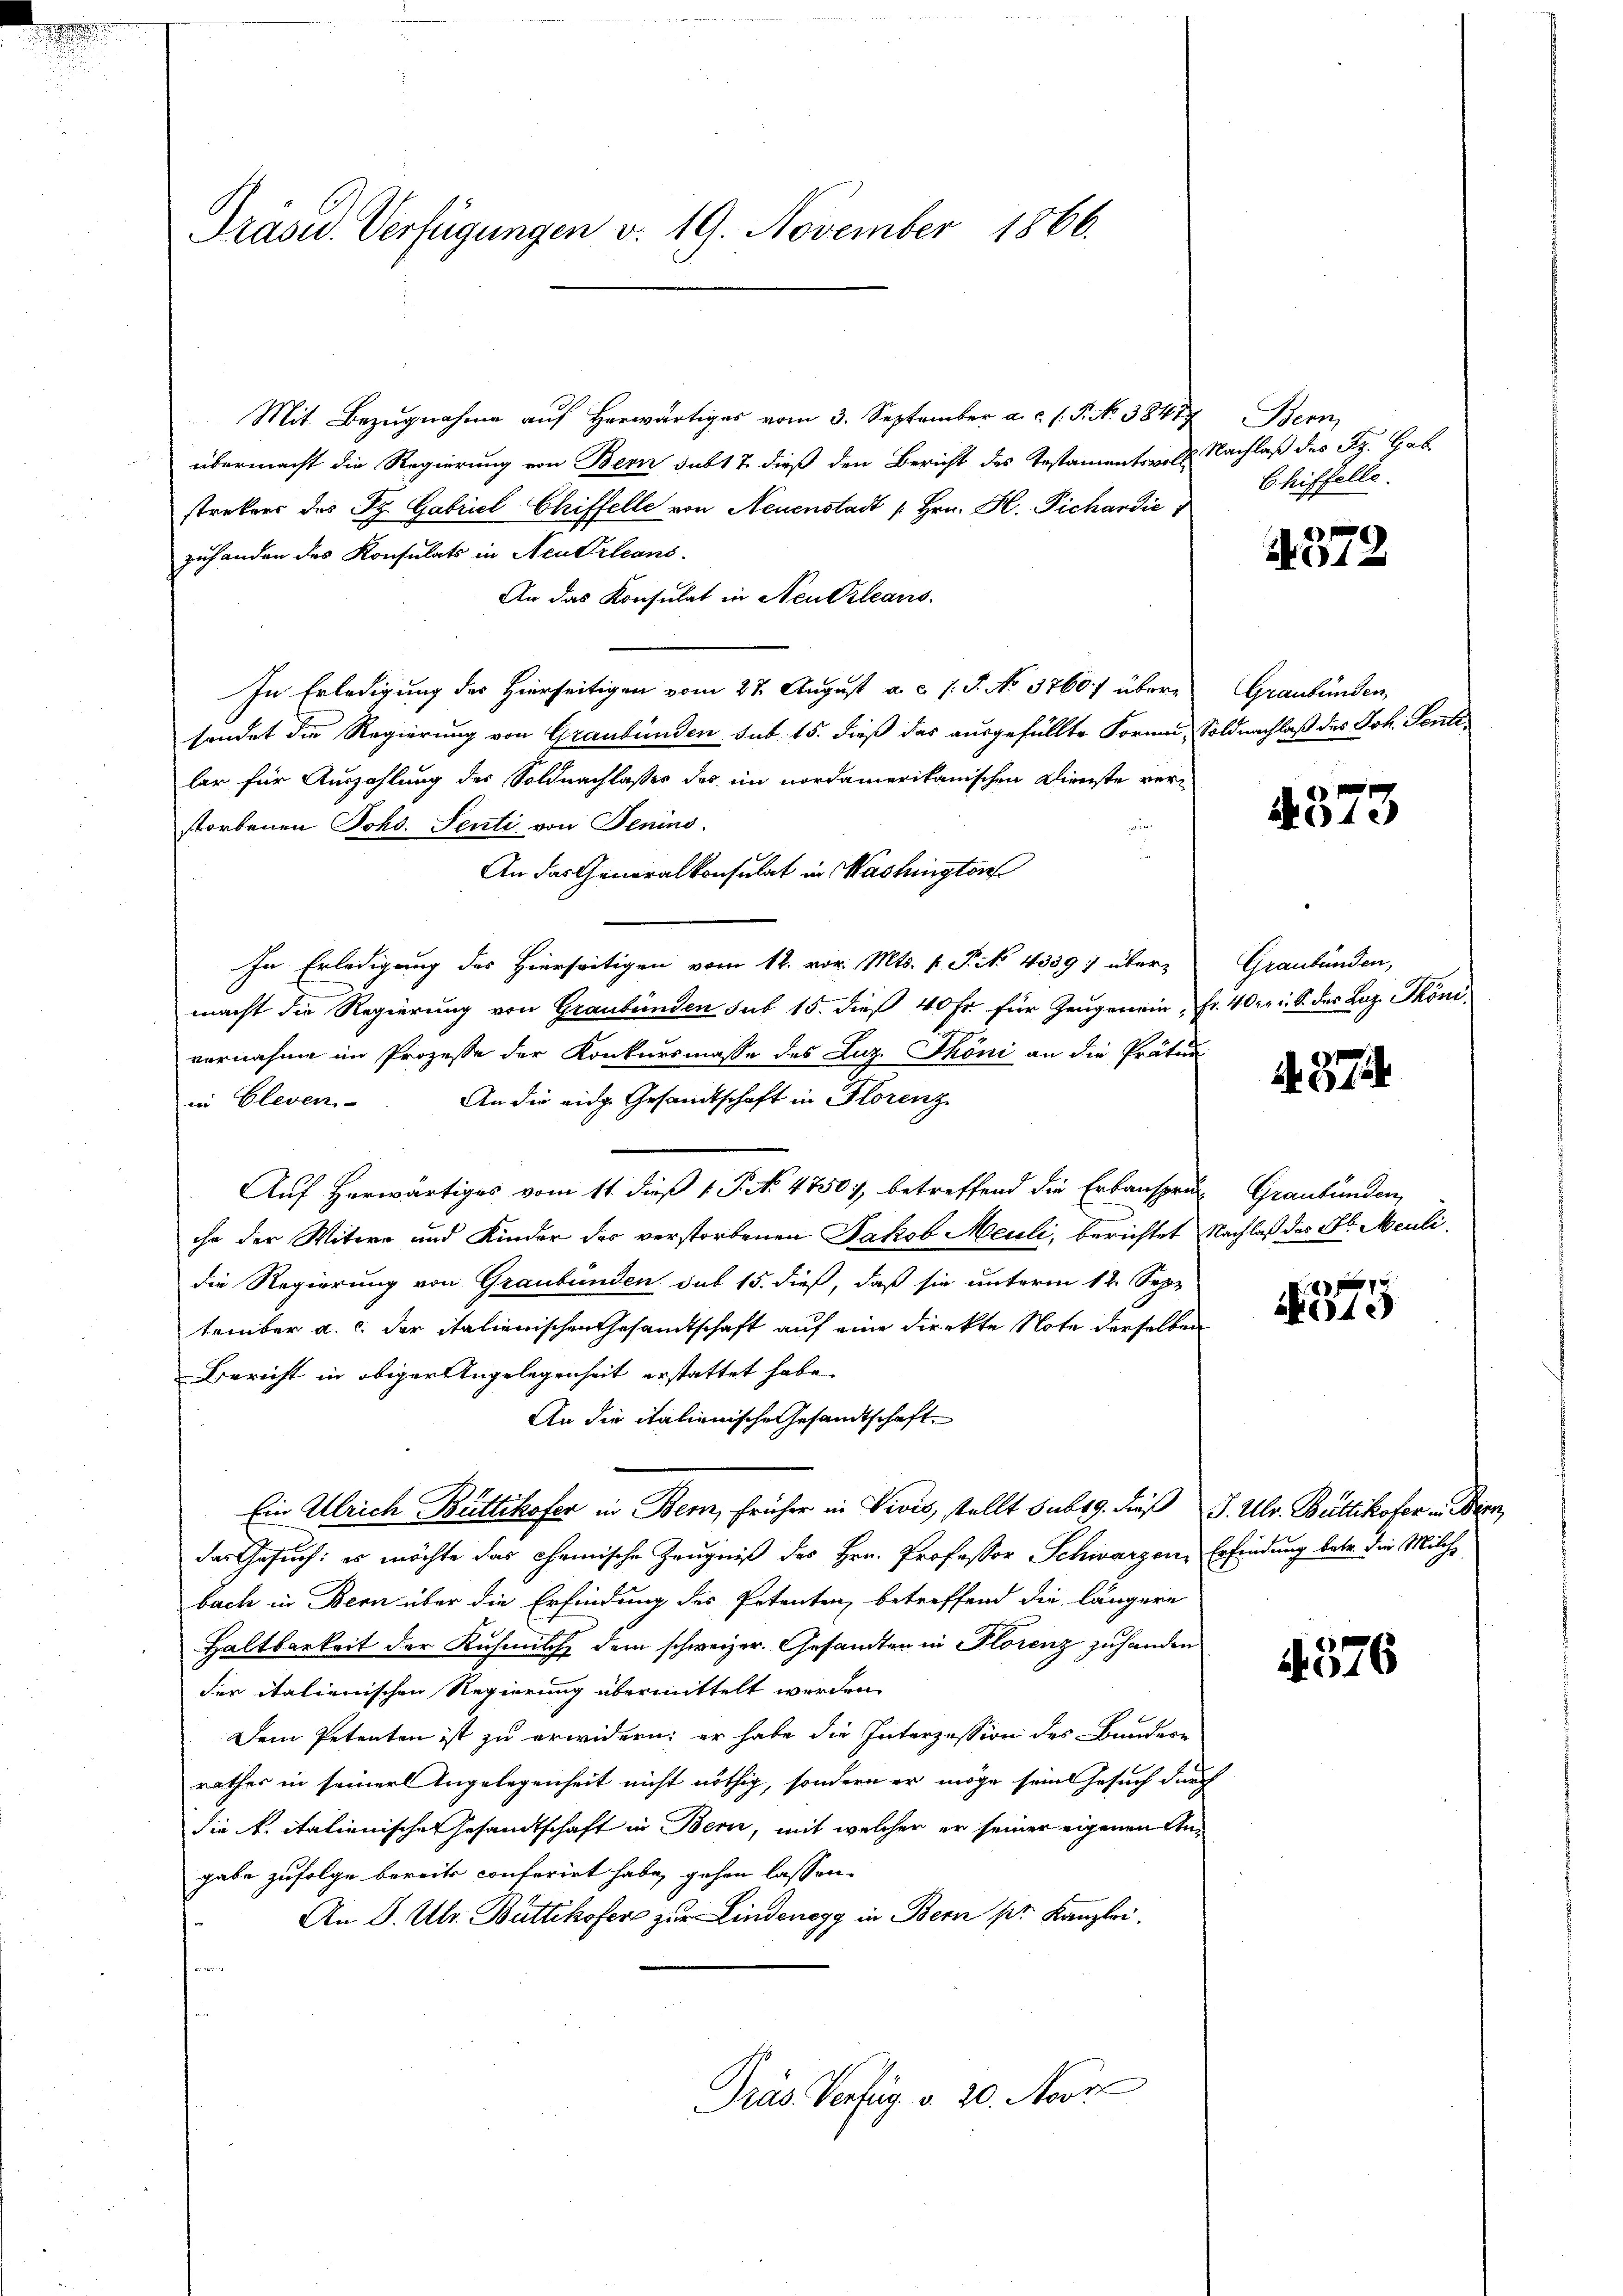
Mit Bezŭgnahme aŭf herwärtiges vom 3. September a. c. l. P. No. 38477 Bern,
übermacht die Regierung von Bern subt 7 dieß den Bericht des Testamentrer l. Nachlaß des Sz. Geb
strekers des St. Gabriel Chiffelle von Neuenstadt [Hrn. H. Pichardić
zuhanden des Konsulats in Neu Orleans
An das Konsulat in Neutrleans
In Erledigung des Hierseitigen vom 27. August a. c. J. J. No 37607 übere Graubünden,
sendet die Regierung von Graubünden sub 15. dieß das ausgefüllte Formen, Soldnachlaß des Joh. Fonte
lar für Auszahlung des Soldnachlasses des im nordamerikanischen Dienste ver-
storbenen Johs. Senti von Jenins.
An das Generalkonsulat in Washington
In Erledigung des Hierseitigen vom 12. vor. Mts. f. Pik 4339 :/ über- Graubünden,
macht die Regierung von Graubünden sub 15. dieß 40 Fr. für Zeugenein, Fr. 40. rl. S. das Laz Tköni
vernahme im Prozesse der Konkursmasse des Luz. Thöni an die Prätur
An die eidg. Gesandtschaft in Florenz
in Gleven-
Auf herwärtiges vom 11. dieß v. J. N. 4750, betreffend die Erbansprun Graubünden,
che der Witwe und Kinder des verstorbenen Jakob Meuli, berichtet Nachlaß des H. Meulidie Regierung von Graubünden sub 15. dieß, daß sie unterm 12. Sep-
tember a. c. der italienischen Gesandtschaft auf eine dienkte Note derselben
Bericht in obiger Angelegenheit erstattet habe.
An die italienische Gesandtschaft.
Ein Ulrich Büttikofer in Bern, früher in Vivis, stellt sub 19. dieß J. Ulr. Büttikofer in Wien,
das Gesuch: es möchte das chemische Zeugniß des Hrn. Professor Schwarzen, Erfindung betr. die Milch
bach in Bern über die Erfindung des Petenten betreffend die längere
Haltbarkeit der Ruhmilch, dem schweizer. Gesandten in Florenz zuhanden
der italienischen Regierung übermittelt werden.
Dem Petenten ist zu erwidern, er habe die Interzession des Bundere
rathes in seiner Angelegenheit nicht nöthig, sondern er möge seine Gesuch durch
die k. italienische Gesandtschaft in Bern, mit welcher er seiner eigenen Angabe zufolge bereits conferirt habe, gehen lassen.
An D. Ulr. Büttikofer zur Lindenegg in Bern pr. Kanzlei.
F
Präs. Verfüg v. 20. Moor

Präsid. Verfügungen v. 19. November 1866.

Chiffelle.

372

373.

4. 374

x
40

1576